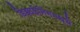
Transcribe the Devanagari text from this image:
डिझाईनिंगमध्ये